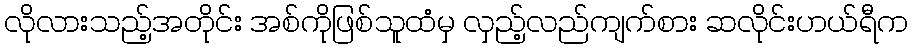
လိုလားသည့်အတိုင်း အစ်ကိုဖြစ်သူထံမှ လှည့်လည်ကျက်စား ဆလိုင်းဟယ်ရီက